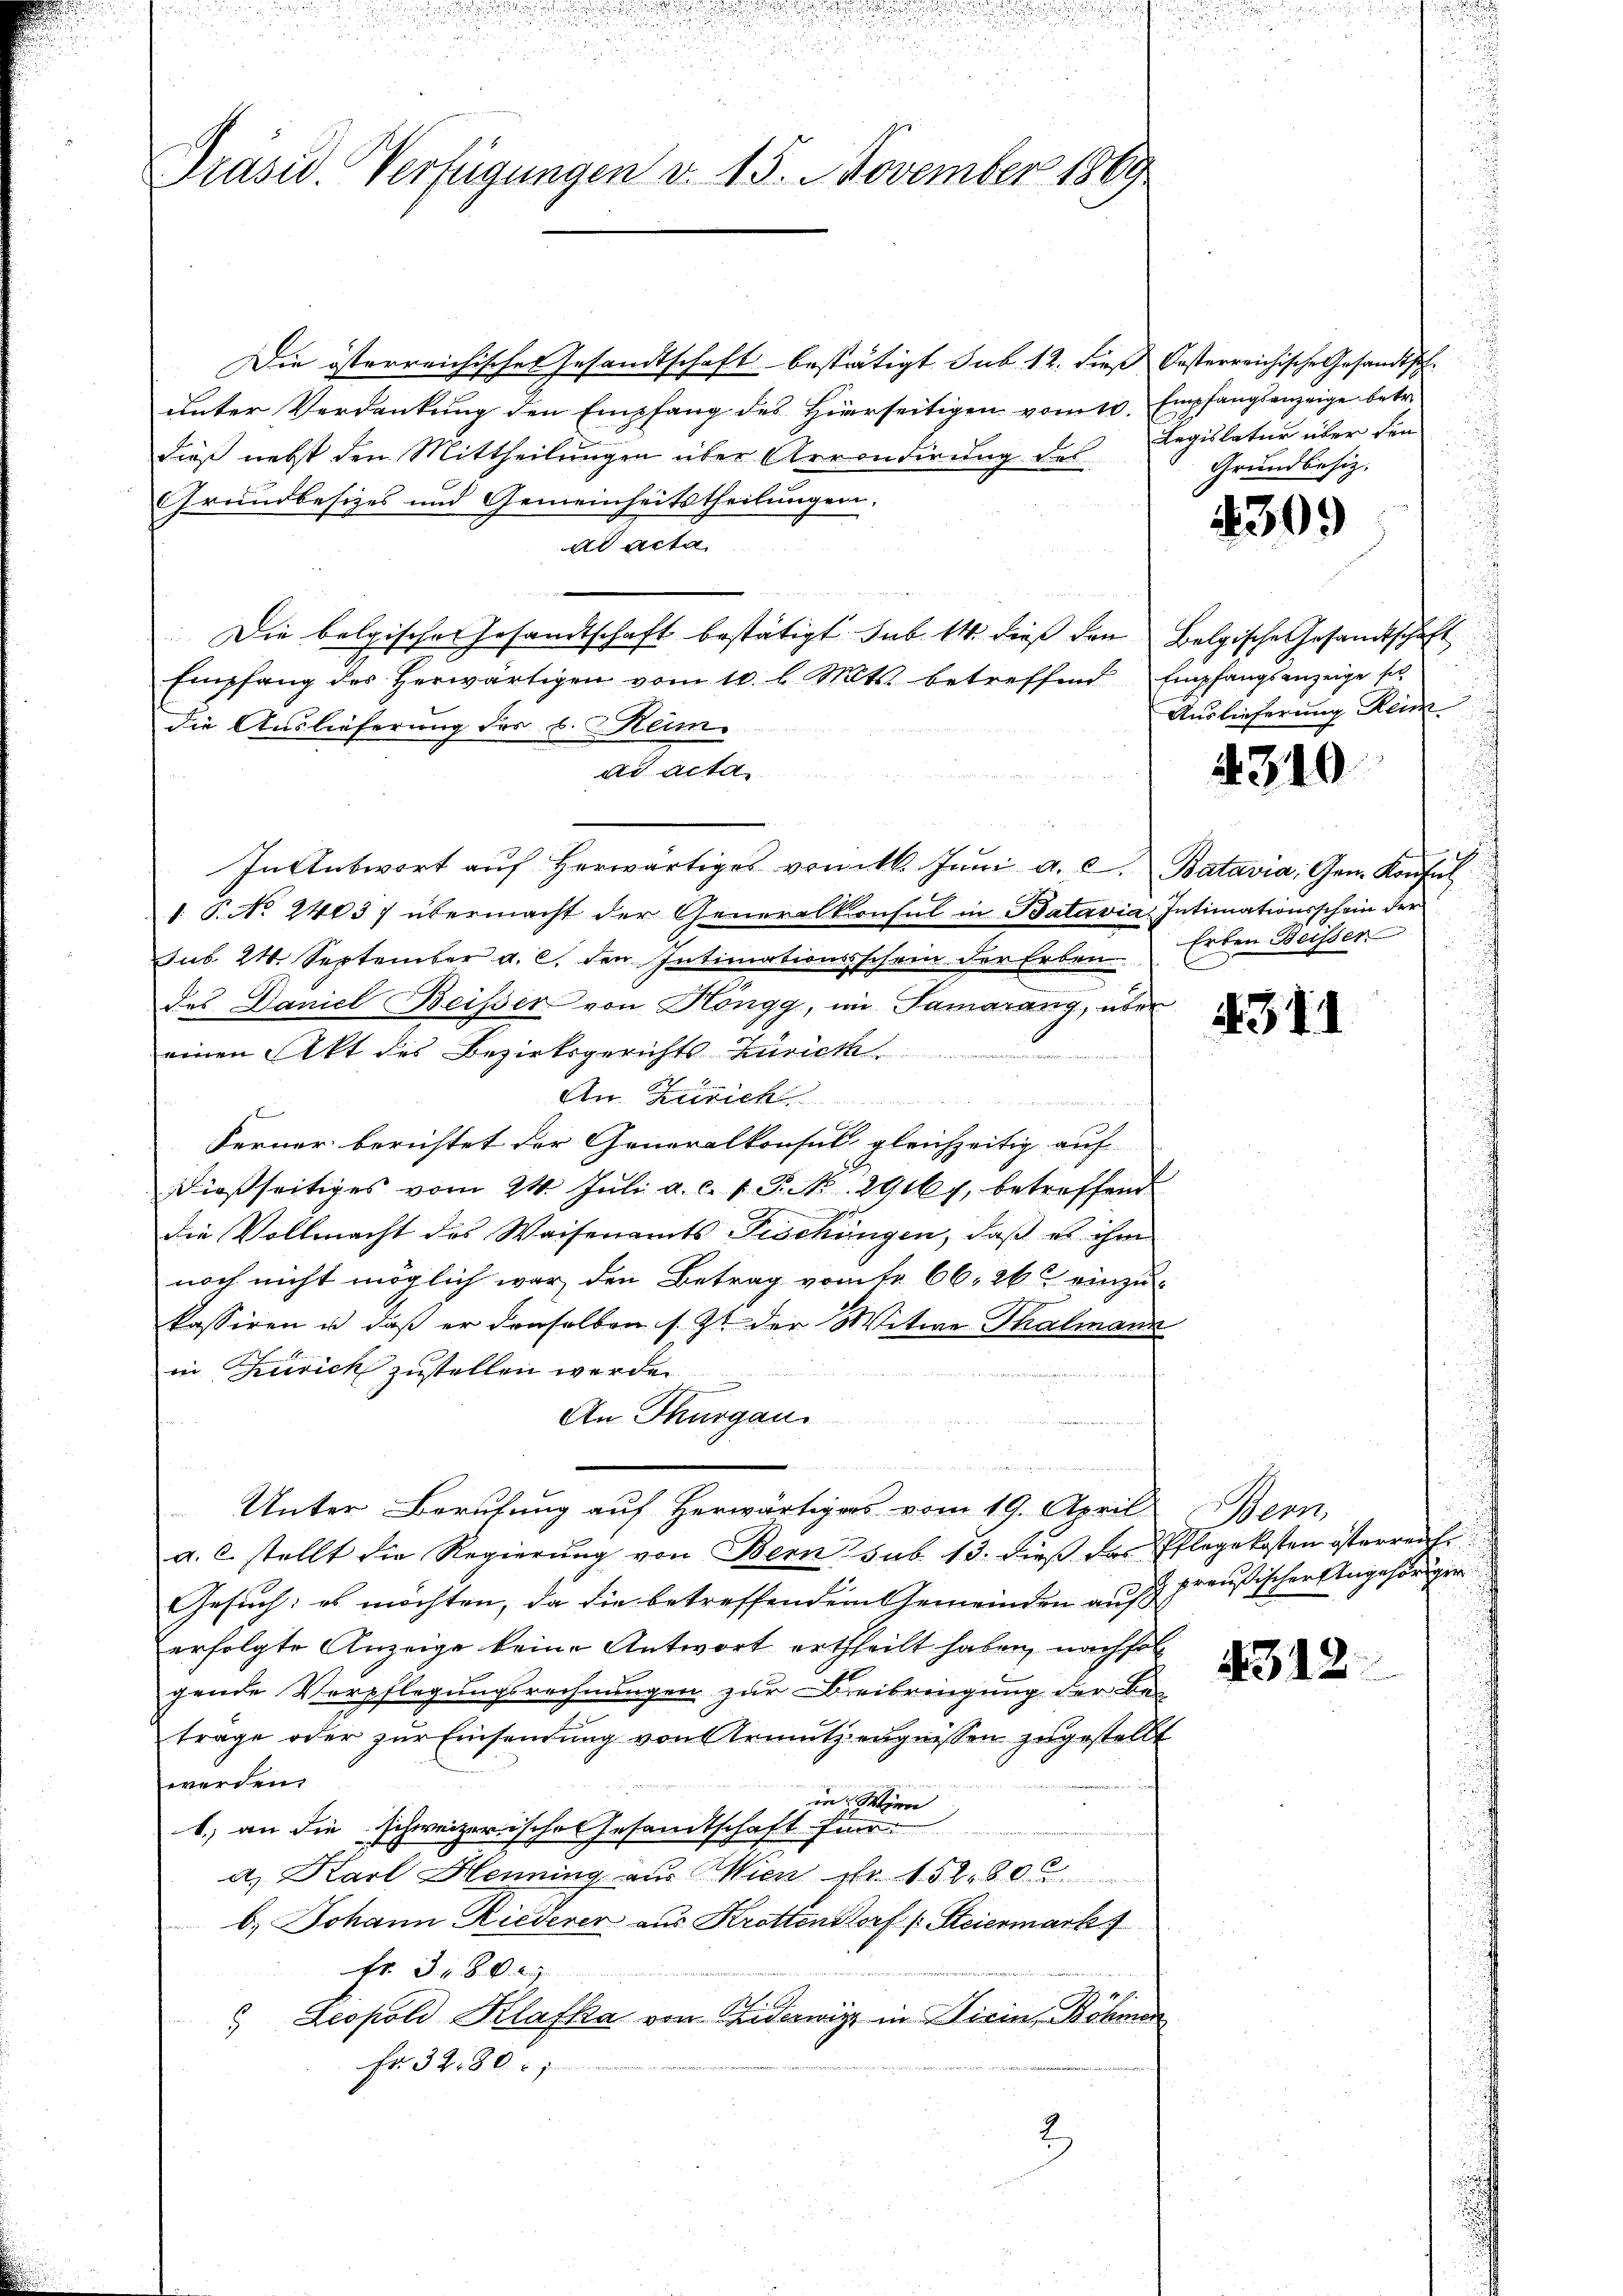
Präsid. Verfügungen d. 15. November 1869

Die österreichisches Gesandtschaft bestätigt sub 12. dieß Oesterreichische Gesandtschunter Verdankŭng den Empfang des hierseitigen vom 10. Empfangsanzeige betr.
dieß nebst den Mittheilungen über Arrondirung des Regislatur über den
Grundbesizes und Gemeinheitstheilungen,
ad acta
e
Die belgischer Gesandtschaft bestätigt sub. 14. dieß den Belgische Gesandtschaft
Empfang des herwärtigen vom 10. l. Mts. betreffend Empfangsanzeige se
die Auslieferung des C. Heim
ad acta
In Antwort aŭf herwärtiges vom 16. Jŭni a. c. Batavia: Gen. Konsul
1 P. No 24037 übermacht der Generalkonsul in Batavia Intimationsschein der
sub 24. September a. c. den Intimationsschein der Erben
.
des Daniel Beisser von Höngg, im Samarang, über
einen Akt des Bezirksgerichts Zürich
An Zürich
Ferner berichtet der Generalkonsul gleichzeitig auf
dießseitiges vom 24. Juli a. c. 1 P. Nr. 2916 f. betreffend
die Vollmacht des Waisenamts Tischingen, daß es ihm
noch nicht möglich war den Betrag vomtr 66. 262 einzukassiren u. daß er denselben s. Zt. der Witwe Thalmann
in Zürich zustellen werden
ait der Seitetes ist und es werden weit den hat wird mit in werde mit e
An Thurgau
 errich den werde der wie er bitter

Unter Berufung auf herwärtiges vom 19. April
a.c. stellt die Regierŭng von Bern sub. 13. dieß das Pflegekosten österreichi¬
Gesuch: es möchten, da die betreffendem Gemeinden auf
erfolgte Anzeige keine Antwort ertheilt haben, nachfol
gende Verpflegungsrechnungen zur Beibringung der Be-
trage oder zur Einsendung von Armutzeugnissen zugestellt
werden.
in Wien
b) an die schweizerisches Gesandtschaft für
a) Karl Henning aus Wien Nr. 15280
b. Johann Riederer aus Krottendorf p. Steiermark
Fr. 380
 Leopold Klafka von Fiderwitz in Dirin, Böhme
Fr. 3280. 1
2

Grundbesiz.

4309

Auslieferung Rein

310

Erben Beisser

4311

Mens
2 preußischer Angehöriger

4312